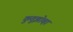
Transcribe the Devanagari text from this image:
कुतुझोव्हा